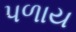
પળાય